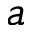
a